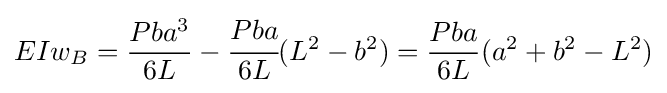
EIw_{B}={\dfrac {Pba^{3}}{6L}}-{\cfrac {Pba}{6L}}(L^{2}-b^{2})={\frac {Pba}{6L}}(a^{2}+b^{2}-L^{2})